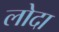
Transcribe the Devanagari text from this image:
लोदा